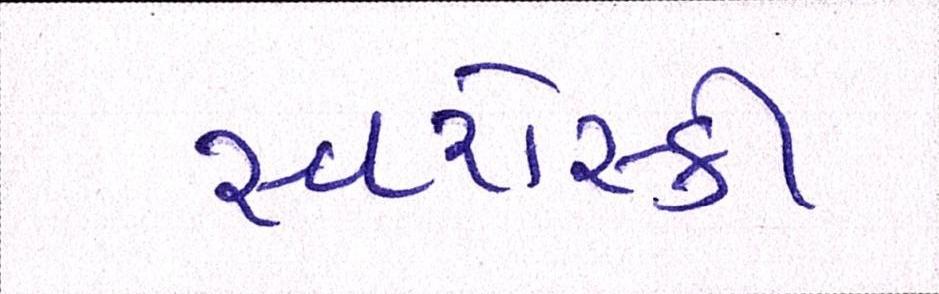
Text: સ્વરોસ્કી